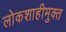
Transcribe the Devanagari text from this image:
लोकशाहीमुक्त